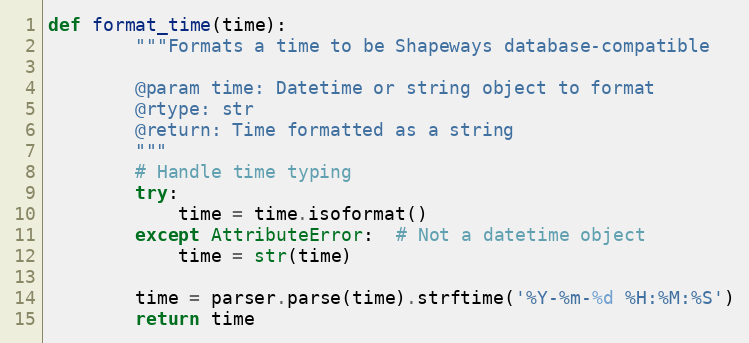
Language: Python
def format_time(time):
        """Formats a time to be Shapeways database-compatible

        @param time: Datetime or string object to format
        @rtype: str
        @return: Time formatted as a string
        """
        # Handle time typing
        try:
            time = time.isoformat()
        except AttributeError:  # Not a datetime object
            time = str(time)

        time = parser.parse(time).strftime('%Y-%m-%d %H:%M:%S')
        return time